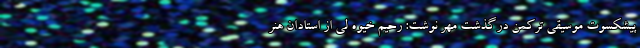
پیشکسوت موسیقی ترکمن درگذشت مهر نوشت: رحیم خیوه لی از استادان هنر